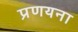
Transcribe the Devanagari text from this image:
प्रणयना